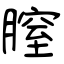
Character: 膣